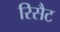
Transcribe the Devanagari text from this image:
रिसैट